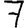
Digit: 7